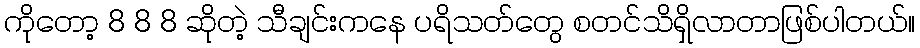
ကိုတော့ 8 8 8 ဆိုတဲ့ သီချင်းကနေ ပရိသတ်တွေ စတင်သိရှိလာတာဖြစ်ပါတယ်။